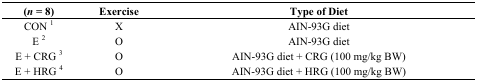
<table><thead><tr><td><b>(<i>n</i> = 8)</b></td><td><b>Exercise</b></td><td><b>Type of Diet</b></td></tr></thead><tbody><tr><td>CON <sup>1</sup></td><td>X</td><td>AIN-93G diet</td></tr><tr><td>E <sup>2</sup></td><td>O</td><td>AIN-93G diet</td></tr><tr><td>E + CRG <sup>3</sup></td><td>O</td><td>AIN-93G diet + CRG (100 mg/kg BW)</td></tr><tr><td>E + HRG <sup>4</sup></td><td>O</td><td>AIN-93G diet + HRG (100 mg/kg BW)</td></tr></tbody></table>